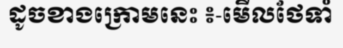
ដូចខាងក្រោមនេះ ៖-មើលថែទាំ